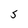
Character: S